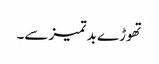
تھوڑے بد تمیزسے۔